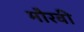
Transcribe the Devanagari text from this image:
मौरवी